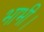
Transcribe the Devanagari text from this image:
भाभी।